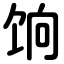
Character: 饷